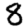
Digit: 8